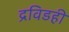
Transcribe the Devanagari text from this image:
द्रविडही